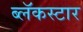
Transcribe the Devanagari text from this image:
ब्लॅकस्टार